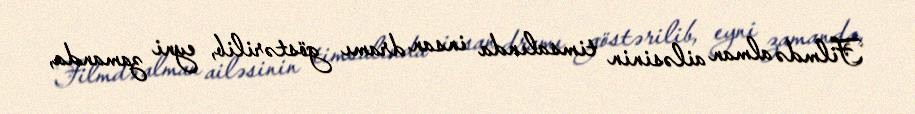
Filmdə alman ailəsinin timsalında insan dramı göstərilib, eyni zamanda,